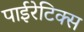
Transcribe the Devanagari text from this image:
पाईरेटिक्स